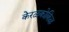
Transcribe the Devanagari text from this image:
केरळकोकिळ